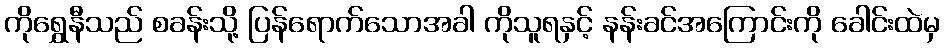
ကိုရွှေနီသည် စခန်းသို့ ပြန်ရောက်သောအခါ ကိုသူရနှင့် နန်းခင်အကြောင်းကို ခေါင်းထဲမှ